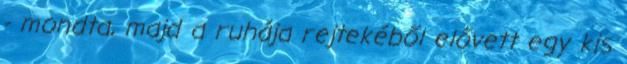
- mondta, majd a ruhája rejtekéből elővett egy kis